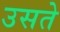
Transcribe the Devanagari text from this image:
उसते